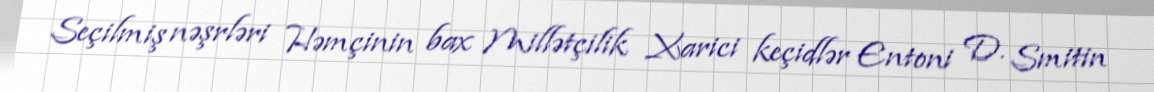
Seçilmiş nəşrləri Həmçinin bax Millətçilik Xarici keçidlər Entoni D. Smitin